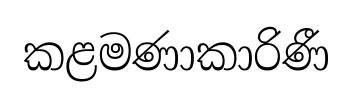
කළමණාකාරිණී